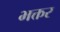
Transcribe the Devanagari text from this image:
भक्तर